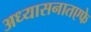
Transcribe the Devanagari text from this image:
अध्यासनातएफे